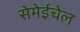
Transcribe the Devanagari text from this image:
सेमेईचेल